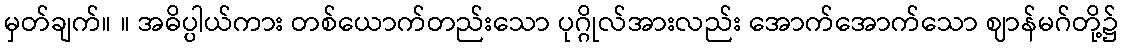
မှတ်ချက်။ ။ အဓိပ္ပါယ်ကား တစ်ယောက်တည်းသော ပုဂ္ဂိုလ်အားလည်း အောက်အောက်သော ဈာန်မဂ်တို့၌